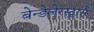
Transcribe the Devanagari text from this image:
बेन्डेलेरस्ट्रासे